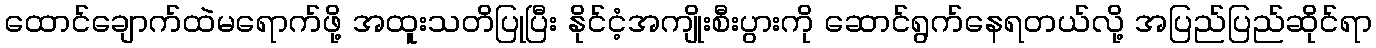
ထောင်ချောက်ထဲမရောက်ဖို့ အထူးသတိပြုပြီး နိုင်ငံ့အကျိုးစီးပွားကို ဆောင်ရွက်နေရတယ်လို့ အပြည်ပြည်ဆိုင်ရာ